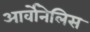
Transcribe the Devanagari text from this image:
आर्वोनेलिस